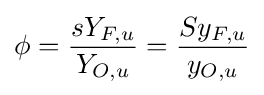
\phi ={\frac {sY_{F,u}}{Y_{O,u}}}={\frac {Sy_{F,u}}{y_{O,u}}}